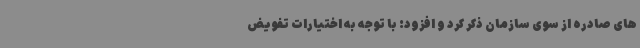
های صادره از سوی سازمان ذکر کرد و افزود: با توجه به اختیارات تفویض